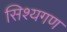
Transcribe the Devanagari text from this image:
सिश्यगण